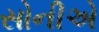
સોનીએ